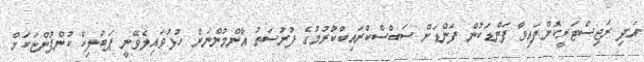
އަދި ރަޖިސްޓަރީކޮށްފައިވާ ފަންޑަކުން ފަންޑަށް ސަބްސްކްރައިބްކުރުމުގެ ފުރުސަތު އާންމުންނަށް ހުޅުވައިލެވޭނީ ޕަބްލިކް ކުންފުންޏަކަށް